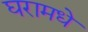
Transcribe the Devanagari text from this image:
घरामधे